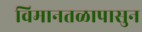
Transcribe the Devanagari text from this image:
विमानतळापासुन